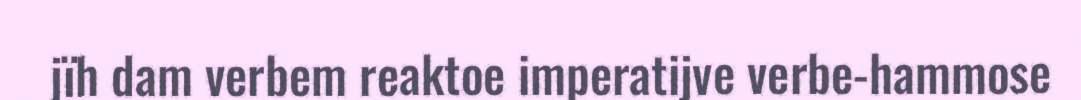
jïh dam verbem reaktoe imperatijve verbe-hammose